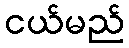
ငယ်မည်